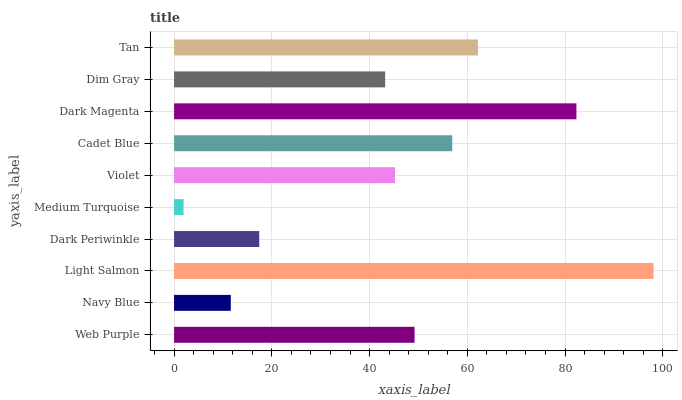
| yaxis_label | bars |
 | --- | --- |
 | Web Purple | 49.2 |
 | Navy Blue | 11.6 |
 | Light Salmon | 98.1 |
 | Dark Periwinkle | 17.4 |
 | Medium Turquoise | 1.95 |
 | Violet | 45.2 |
 | Cadet Blue | 56.9 |
 | Dark Magenta | 82.3 |
 | Dim Gray | 43.2 |
 | Tan | 62.2 |